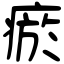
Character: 瘀